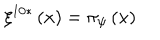
\xi ^ { 1 0 * } \left( x \right) = \pi _ { \psi } \left( x \right)